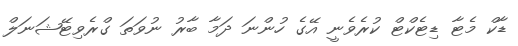
ޑާކް މެޓާ ޑިޓެކްޓް ކުރެވެނީ އޭގެ ހުންނަ ދަމާ ބާރު ނުވަތަ ގްރެވިޓޭޝަނަލް